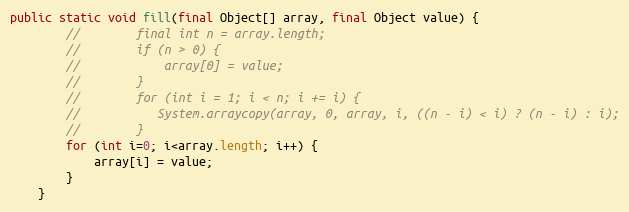
Language: Java
public static void fill(final Object[] array, final Object value) {
        //        final int n = array.length;
        //        if (n > 0) {
        //            array[0] = value;
        //        }
        //        for (int i = 1; i < n; i += i) {
        //           System.arraycopy(array, 0, array, i, ((n - i) < i) ? (n - i) : i);
        //        }
        for (int i=0; i<array.length; i++) {
            array[i] = value;
        }
    }